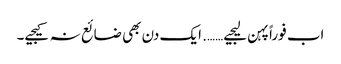
اب فوراً پہن لیجیے……. ایک دن بھی ضائع نہ کیجیے۔